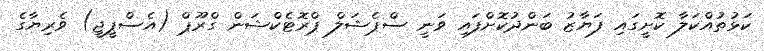
ކަޅުތުއްކަލާ ކޮށީގައި ފަޔާޒު ބަންދުކޮށްފައި ވަނީ ސްޕެޝަލް ޕްރޮޓެކްޝަން ގްރޫޕް (އެސްޕީޖީ) ވެރިޔާގެ